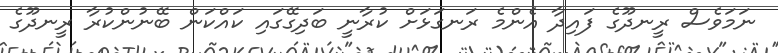
ނަމަވެސް ރީނދޫގެ ފައިދާ އެންމެ ރަނގަޅަށް ކުރާނީ ބަދިގޭގައި ކައްކަން ބޭނުންކުރާ ރީނދޫގެ